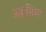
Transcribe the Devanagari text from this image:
अबासिया